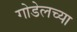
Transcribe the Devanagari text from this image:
गोडेलच्या